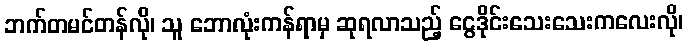
ဘက်တမင်တန်လို၊ သူ ဘောလုံးကန်ရာမှ ဆုရလာသည့် ငွေဒိုင်းသေးသေးကလေးလို၊